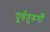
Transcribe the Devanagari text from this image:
पूर्वपुरूषों